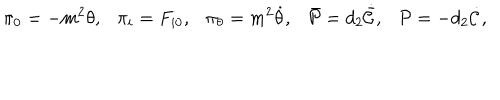
\pi _ { 0 } = - m ^ { 2 } \theta , \pi _ { i } = F _ { i 0 } , \pi _ { \theta } = m ^ { 2 } \dot { \theta } , \bar { \cal P } = d _ { 2 } \dot { \bar { \cal C } } , { \cal P } = - d _ { 2 } \dot { \cal C } ,